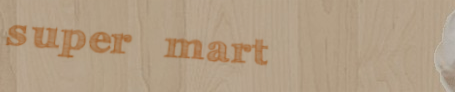
super mart